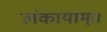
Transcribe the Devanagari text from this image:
लंकायाम्।।